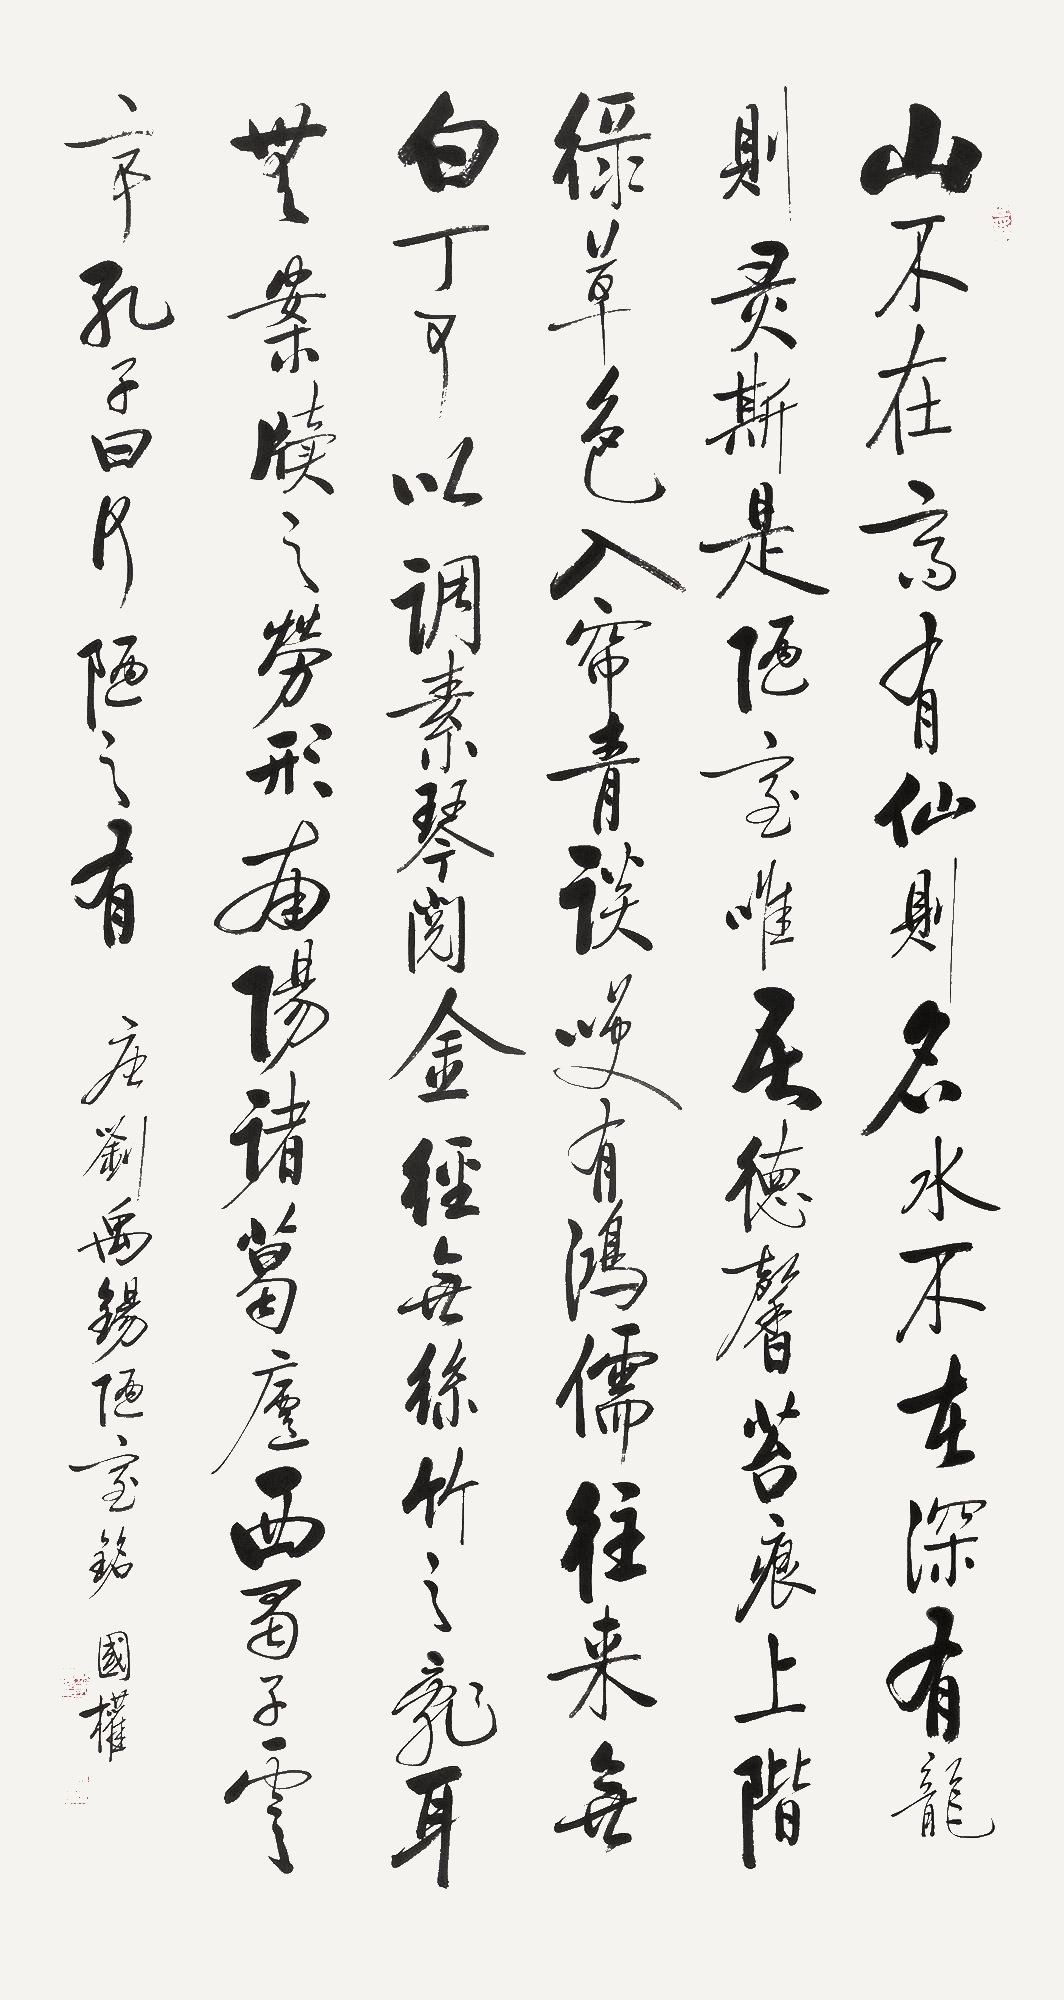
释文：山不在高，有仙则名。水不在深，有龙则灵。斯是陋室，惟吾德馨。苔痕上阶绿，草色入帘青。谈笑有鸿儒，往来无白丁。可以调素琴，阅金经。无丝竹之乱耳，无案牍之劳形。南阳诸葛庐，西蜀子云亭。孔子云：何陋之有？壬寅年，战国权书。